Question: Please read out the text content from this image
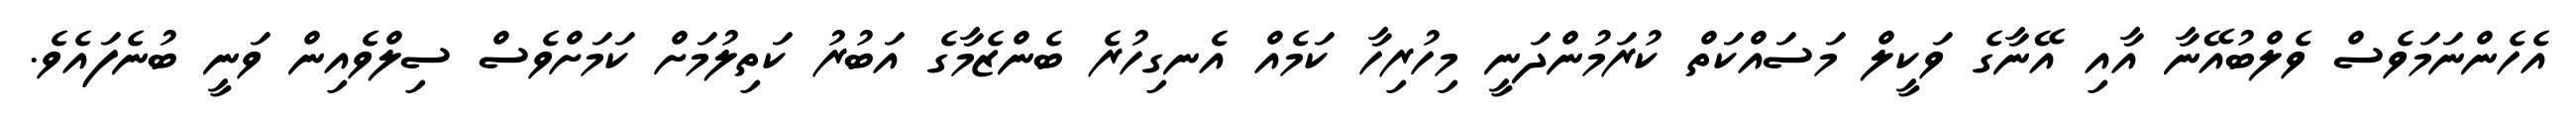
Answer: އެހެންނަމަވެސް ވެލްބުއޭނާ އާއި އޭނާގެ ވަކީލް މަސައްކަތް ކުރަމުންދަނީ މިހުރިހާ ކަމެއް އެނގިހުރެ ބެންޒެމާގެ އަބުރު ކަތިލުމަށް ކަމަށްވެސް ސިލްވެއިން ވަނީ ބުނެފައެވެ.